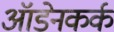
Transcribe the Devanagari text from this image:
ऑडेनकर्क